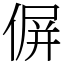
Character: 偋